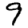
Digit: 9